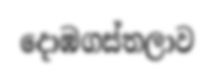
දොඹගස්තලාව